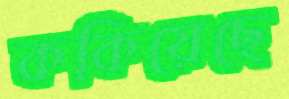
ককিয়েছে